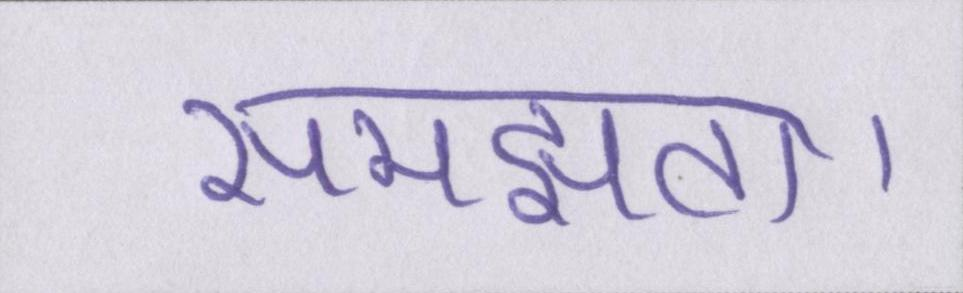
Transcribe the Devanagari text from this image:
समझता।